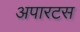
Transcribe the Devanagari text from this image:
अपारटस